system: You are a helpful assistant.
user:
Analyze the provided spectrum to determine if it is a **S-type Star**.

- **Key Indicators for S-type Star:**

    - **(Overall Spectrum Shape):** The first and most obvious characteristic is the overall continuum (the "baseline" shape). It is **extremely "red-sloping,"** meaning the flux (light intensity) is very low on the left side (blue, ~4000-4500 Å) and rises steeply and continuously toward the right side (red, ~7000 Å+).

    - **(Primary):** The spectrum is defined by the presence of strong, broad molecular absorption "valleys" (bands) from **Zirconium Oxide (ZrO)**. The identification of these bands is the **primary requirement** for classifying a star as S-type.
        - **(Key Bandheads):** You must find distinct, deep "dips" where the light has been absorbed. The most critical band systems to locate are:
            - **~6474 Å** ($\gamma$-system): This is often the strongest and clearest ZrO feature, found in the red part of the spectrum.
            - **~5718 Å** & **~5551 Å** ($\beta$-system): A pair of prominent absorption features in the yellow-orange part of the spectrum.
            - **~4640 Å** ($\alpha$-system): A key absorption band system in the blue-green region of the spectrum.

    - **(Secondary Confirmation):** The classification is strengthened by finding additional absorption bands from other related heavy element oxides, which are expected to be present alongside ZrO.
        - **(Key Bandheads):**
            - **Yttrium Oxide (YO):** Look for absorption dips near **~4800 Å** and **~6100 Å**.
            - **Lanthanum Oxide (LaO):** Additional absorption features, particularly in the red-orange part of the spectrum, are also characteristic.

    - **(Line Profile):** The combination of the steep red continuum and these numerous, deep molecular bands (ZrO, YO, etc.) gives the entire spectrum a very **"chopped-up"** or **"bumpy"** appearance. Instead of a smooth curve, the spectrum looks as though large, wide chunks of light have been "carved out" of it at the specific wavelengths listed above.

Think first, call **spectral_visualization_tool** if needed to examine features in detail, then provide your final answer. Your response must adhere to the following strict rules:
1.  **Overall Structure:** Your response must follow the format `<think>...</think> <tool_call>...</tool_call> (if a tool is used) <answer>...</answer>`.
2.  **Tool Usage Constraint:** You may only make **one** tool call per turn.
3.  **Final Answer Format:** In the `<answer>` tag, your conclusion must be inside a `\boxed{}` command (e.g., `\boxed{YES}` or `\boxed{NO}`), followed by your justification.

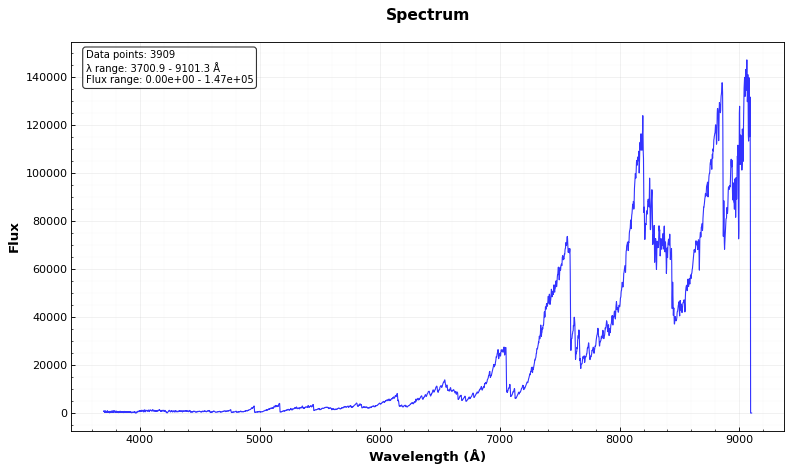
Answer: NO